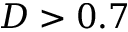
D > 0 . 7